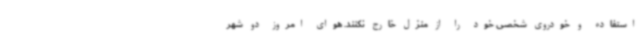
استفاده و خودروی شخصی خود را از منزل خارج نکنند. هوای امروز دو شهر